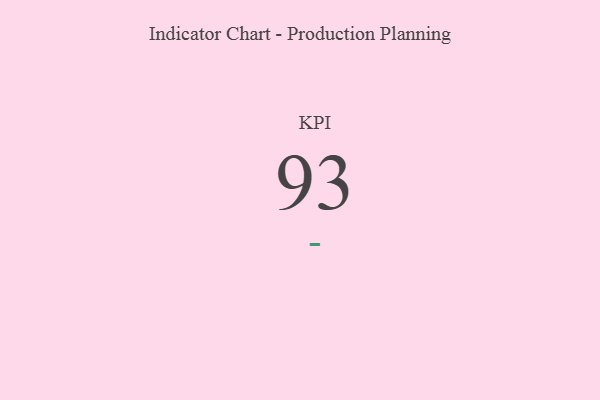
{"axis": {"x": "KPI", "y": "Value"}, "legend": [""], "data": [{"x": "KPI", "y": 93, "type": ""}]}